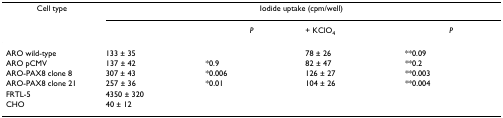
<table><thead><tr><td><b>Cell type</b></td><td colspan="4"><b>Iodide uptake (cpm/well)</b></td></tr><tr><td></td><td></td><td><b><i>P</i></b></td><td><b>+ KClO<sub>4</sub></b></td><td><b><i>P</i></b></td></tr></thead><tbody><tr><td>ARO wild-type</td><td>133 ± 35</td><td></td><td>78 ± 26</td><td>**0.09</td></tr><tr><td>ARO pCMV</td><td>137 ± 42</td><td>*0.9</td><td>82 ± 47</td><td>**0.2</td></tr><tr><td>ARO-PAX8 clone 8</td><td>307 ± 43</td><td>*0.006</td><td>126 ± 27</td><td>**0.003</td></tr><tr><td>ARO-PAX8 clone 21</td><td>257 ± 36</td><td>*0.01</td><td>104 ± 26</td><td>**0.004</td></tr><tr><td>FRTL-5</td><td>4350 ± 320</td><td></td><td></td><td></td></tr><tr><td>CHO</td><td>40 ± 12</td><td></td><td></td><td></td></tr></tbody></table>